Civil Veterinary Dept. Bombay admin report 1893-99 - 1893-1899
Year: 1893
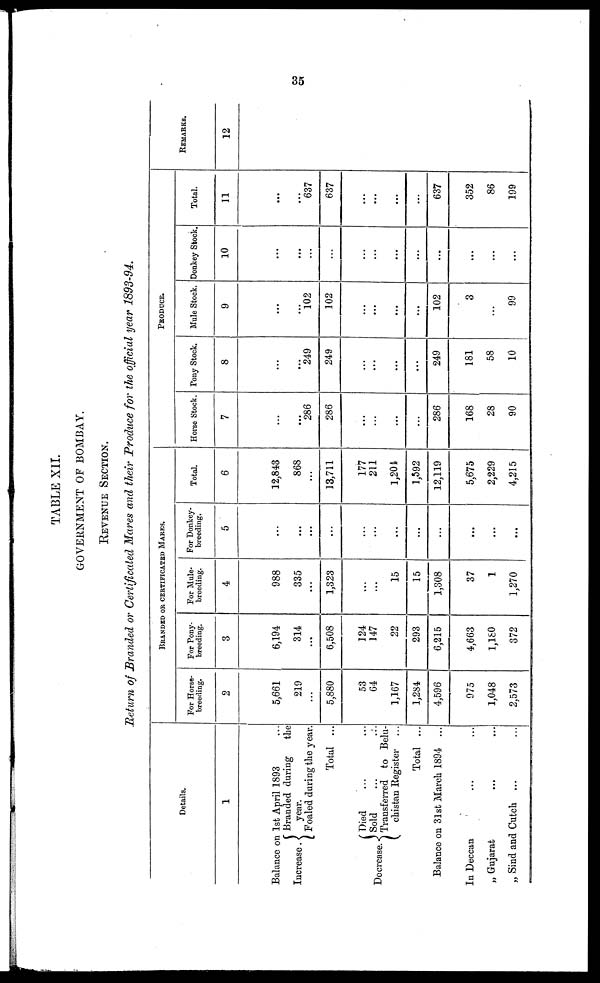
35
TABLE XII.
GOVERNMENT OF BOMBAY.
REVENUE SECTION.
Return of Branded or Certificated Mares and their Produce for the official year 1893-94.
Details.
1
Balance on 1st April 1893 ...
Increase.
Branded during the
year.
Foaled during the year.
Total ...
Decrease.
Died ... ...
Sold ... ...
Transferred to Belu-
chistan Register ...
Total ...
Balance on 31st March 1894 ...
In Deccan ... ...
„ Gujarat ... ...
„ Sind and Cutch ... ...
BRANDED OR CERTIFICATED MARES.
For Horse-
breeding.
2
5,661
219
...
5,880
53
64
1,167
1,284
4,596
975
1,048
2,573
For Pony-
breeding.
3
6,194
314
...
6,508
124
147
22
293
6,215
4,663
1,180
372
For Mule-
breeding.
4
988
335
...
1,323
...
...
15
15
1,308
37
1
1,270
For Donkey-
breeding,
5
...
...
...
...
...
...
...
...
...
...
...
...
Total.
6
12,843
868
...
13,711
177
211
1,204
1,592
12,119
5,675
2,229
4,215
PRODUCE.
Horse Stock.
7
...
...
286
286
...
...
...
...
286
168
28
90
Pony Stock.
8
...
...
249
249
...
...
...
...
249
181
58
10
Mule Stock.
9
...
...
102
102
...
...
...
...
102
3
...
99
Donkey Stock.
10
...
...
...
...
...
...
...
...
...
...
...
...
Total.
11
...
...
637
637
...
...
...
...
637
352
86
199
REMARKS.
12